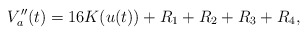
\begin{align*}V''_a(t)=16 K(u(t)) + R_1 +R_2+R_3 + R_4,\end{align*}